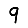
Digit: 9